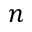
n